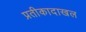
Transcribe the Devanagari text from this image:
प्रतीकादाखल